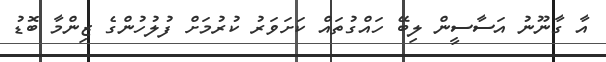
އާ ގާނޫނު އަސާސީން ލިބޭ ހައްގުތައް ކަށަވަރު ކުރުމަށް ފުލުހުންގެ ޒިންމާ ބޮޑު